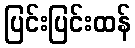
ပြင်းပြင်းထန်